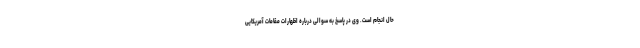
حال انجام است. وی در پاسخ به سوالی درباره اظهارات مقامات آمریکایی